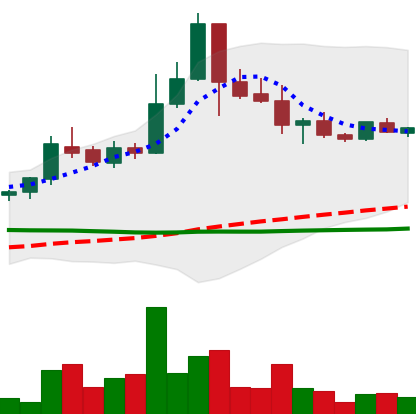
Ticker: BTC-USD
Chart end date: 2015-07-22
Forward return: 5.917%
Label: up_5_7